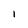
Character: I